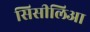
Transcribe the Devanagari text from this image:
सिसीलिआ